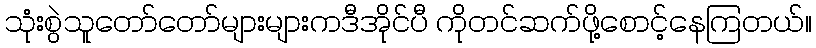
သုံးစွဲသူတော်တော်များများကဒီအိုင်ပီ ကိုတင်ဆက်ဖို့စောင့်နေကြတယ်။